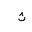
Letter: _tha